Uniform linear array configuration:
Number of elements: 48
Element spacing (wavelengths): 0.25
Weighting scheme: hamming
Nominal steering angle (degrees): -30
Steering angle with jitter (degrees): -29.595
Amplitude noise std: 0.05
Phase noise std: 0.05

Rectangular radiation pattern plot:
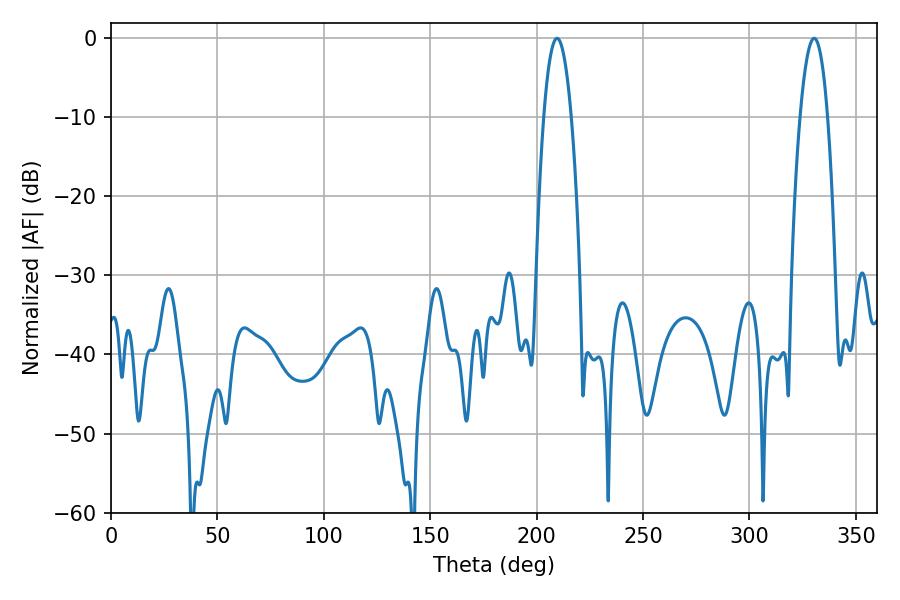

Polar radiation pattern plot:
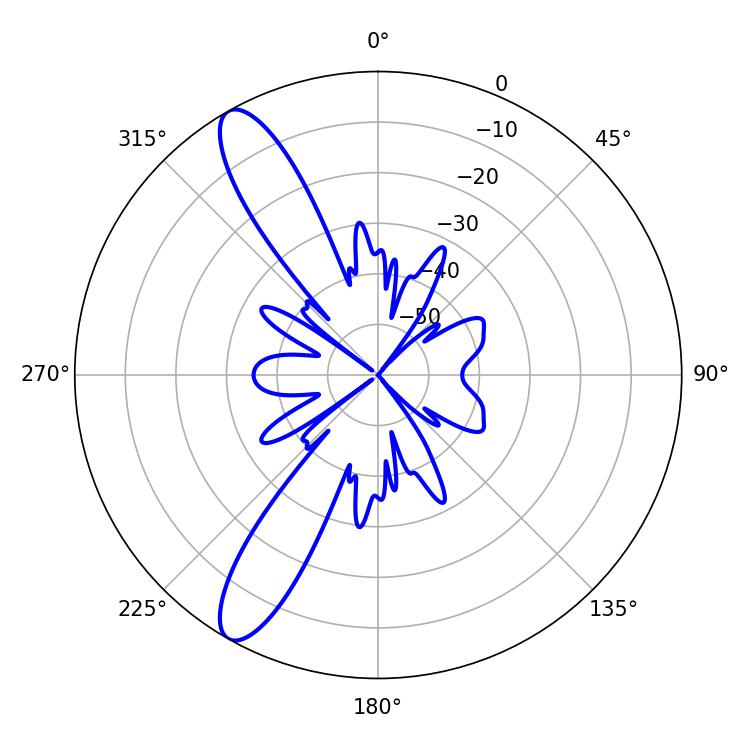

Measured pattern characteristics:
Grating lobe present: FALSE
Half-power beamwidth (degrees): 7.2
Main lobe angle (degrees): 209.52